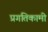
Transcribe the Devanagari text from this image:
प्रगतिकामी